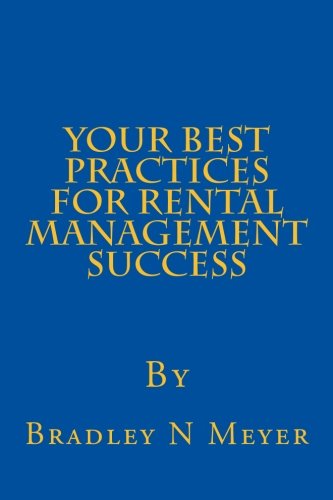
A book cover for Your Best Practices For Rental Management Success; Bradley N Meyer; Business & Money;